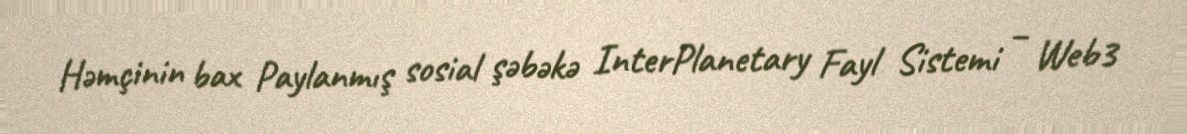
Həmçinin bax Paylanmış sosial şəbəkə InterPlanetary Fayl Sistemi – Web3